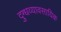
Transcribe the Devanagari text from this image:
दुग्धव्यावसायिक